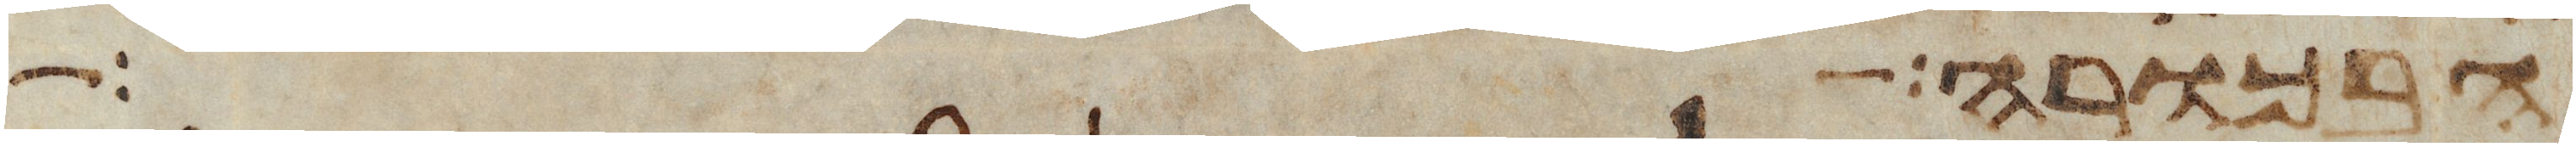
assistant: וגרושה וחללה